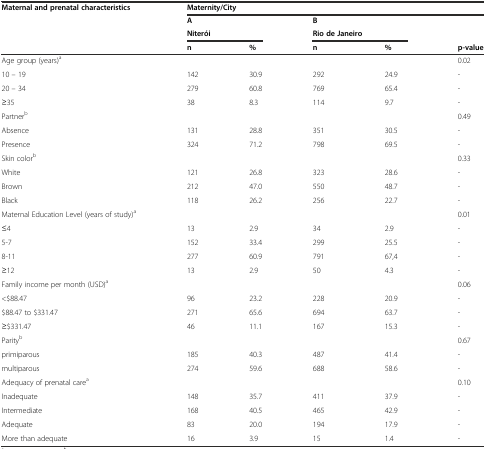
<table><thead><tr><td><b>Maternal and prenatal characteristics</b></td><td colspan="5"><b>Maternity/City</b></td></tr><tr><td rowspan="2"></td><td colspan="2"><b>A</b></td><td colspan="2"><b>B</b></td><td rowspan="2"></td></tr><tr><td colspan="2"><b>Niterói</b></td><td colspan="2"><b>Rio de Janeiro</b></td></tr><tr><td></td><td><b>n</b></td><td><b>%</b></td><td><b>n</b></td><td><b>%</b></td><td><b>p-value</b></td></tr></thead><tbody><tr><td>Age group (years)<sup>a</sup></td><td></td><td></td><td></td><td></td><td>0.02</td></tr><tr><td>10 – 19</td><td>142</td><td>30.9</td><td>292</td><td>24.9</td><td>-</td></tr><tr><td>20 – 34</td><td>279</td><td>60.8</td><td>769</td><td>65.4</td><td>-</td></tr><tr><td>≥35</td><td>38</td><td>8.3</td><td>114</td><td>9.7</td><td>-</td></tr><tr><td>Partner<sup>b</sup></td><td></td><td></td><td></td><td></td><td>0.49</td></tr><tr><td>Absence</td><td>131</td><td>28.8</td><td>351</td><td>30.5</td><td>-</td></tr><tr><td>Presence</td><td>324</td><td>71.2</td><td>798</td><td>69.5</td><td>-</td></tr><tr><td>Skin color<sup>b</sup></td><td></td><td></td><td></td><td></td><td>0.33</td></tr><tr><td>White</td><td>121</td><td>26.8</td><td>323</td><td>28.6</td><td>-</td></tr><tr><td>Brown</td><td>212</td><td>47.0</td><td>550</td><td>48.7</td><td>-</td></tr><tr><td>Black</td><td>118</td><td>26.2</td><td>256</td><td>22.7</td><td>-</td></tr><tr><td>Maternal Education Level (years of study)<sup>a</sup></td><td></td><td></td><td></td><td></td><td>0.01</td></tr><tr><td>≤4</td><td>13</td><td>2.9</td><td>34</td><td>2.9</td><td>-</td></tr><tr><td>5-7</td><td>152</td><td>33.4</td><td>299</td><td>25.5</td><td>-</td></tr><tr><td>8-11</td><td>277</td><td>60.9</td><td>791</td><td>67,4</td><td>-</td></tr><tr><td>≥12</td><td>13</td><td>2.9</td><td>50</td><td>4.3</td><td>-</td></tr><tr><td colspan="2">Family income per month (USD)<sup>a</sup></td><td></td><td></td><td></td><td>0.06</td></tr><tr><td>&lt;$88.47</td><td>96</td><td>23.2</td><td>228</td><td>20.9</td><td>-</td></tr><tr><td>$88.47 to $331.47</td><td>271</td><td>65.6</td><td>694</td><td>63.7</td><td>-</td></tr><tr><td>≥$331.47</td><td>46</td><td>11.1</td><td>167</td><td>15.3</td><td>-</td></tr><tr><td>Parity<sup>b</sup></td><td></td><td></td><td></td><td></td><td>0.67</td></tr><tr><td>primiparous</td><td>185</td><td>40.3</td><td>487</td><td>41.4</td><td>-</td></tr><tr><td>multiparous</td><td>274</td><td>59.6</td><td>688</td><td>58.6</td><td>-</td></tr><tr><td>Adequacy of prenatal care<sup>a</sup></td><td></td><td></td><td></td><td></td><td>0.10</td></tr><tr><td>Inadequate</td><td>148</td><td>35.7</td><td>411</td><td>37.9</td><td>-</td></tr><tr><td>Intermediate</td><td>168</td><td>40.5</td><td>465</td><td>42.9</td><td>-</td></tr><tr><td>Adequate</td><td>83</td><td>20.0</td><td>194</td><td>17.9</td><td>-</td></tr><tr><td>More than adequate</td><td>16</td><td>3.9</td><td>15</td><td>1.4</td><td>-</td></tr></tbody></table>